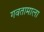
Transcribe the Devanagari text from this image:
गवतामाला